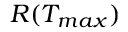
R ( T _ { m a x } )